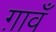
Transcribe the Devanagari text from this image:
ग़ावँ